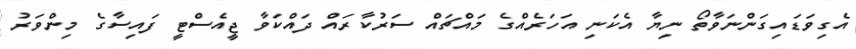
އެގިވަޑައިގަންނަވާތޯ ނިޔާ އެކަނި އަހަރެއްގެ މައްޗައް ސަރުކާރައް ދައްކަވާ ޖީއެސްޓީ ފައިސާގެ މިންވަރު